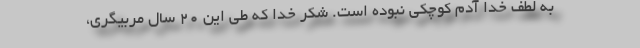
به لطف خدا آدم کوچکی نبوده است. شکر خدا که طی این ۲۰ سال مربیگری،